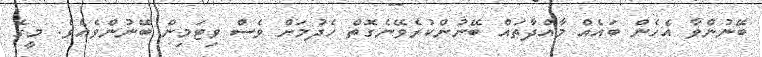
ބޭނުންވާ އެހެން ބައެއް މާއްދާތައް ބޭނުންކުރެވޭނެގޮތް ހެދުމަށް ވެސް ވިޓަމިން ބޭނުންވެއެވެ. މީގެ